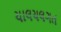
ચાલચલગત